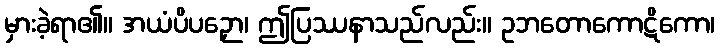
မှားခဲ့ရာ၏။ အယံပိပဉှော၊ ဤပြဿနာသည်လည်း။ ဥဘတောကောဋိကော၊